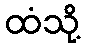
ထံသို့